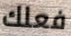
فعلك